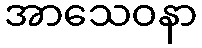
အာသေဝနာ